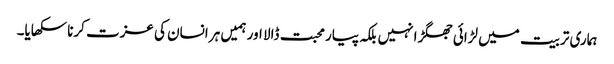
ہماری تربیت میں لڑائی جھگڑا نہیں بلکہ پیار محبت ڈالا اور ہمیں ہر انسان کی عزت کرنا سکھایا۔